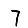
Digit: 7